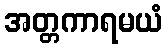
အတ္တကာရမယံ